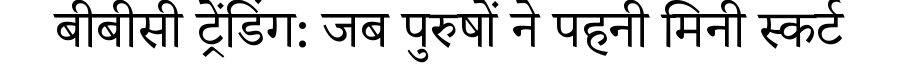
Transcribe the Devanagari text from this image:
बीबीसी ट्रेंडिंग: जब पुरुषों ने पहनी मिनी स्कर्ट